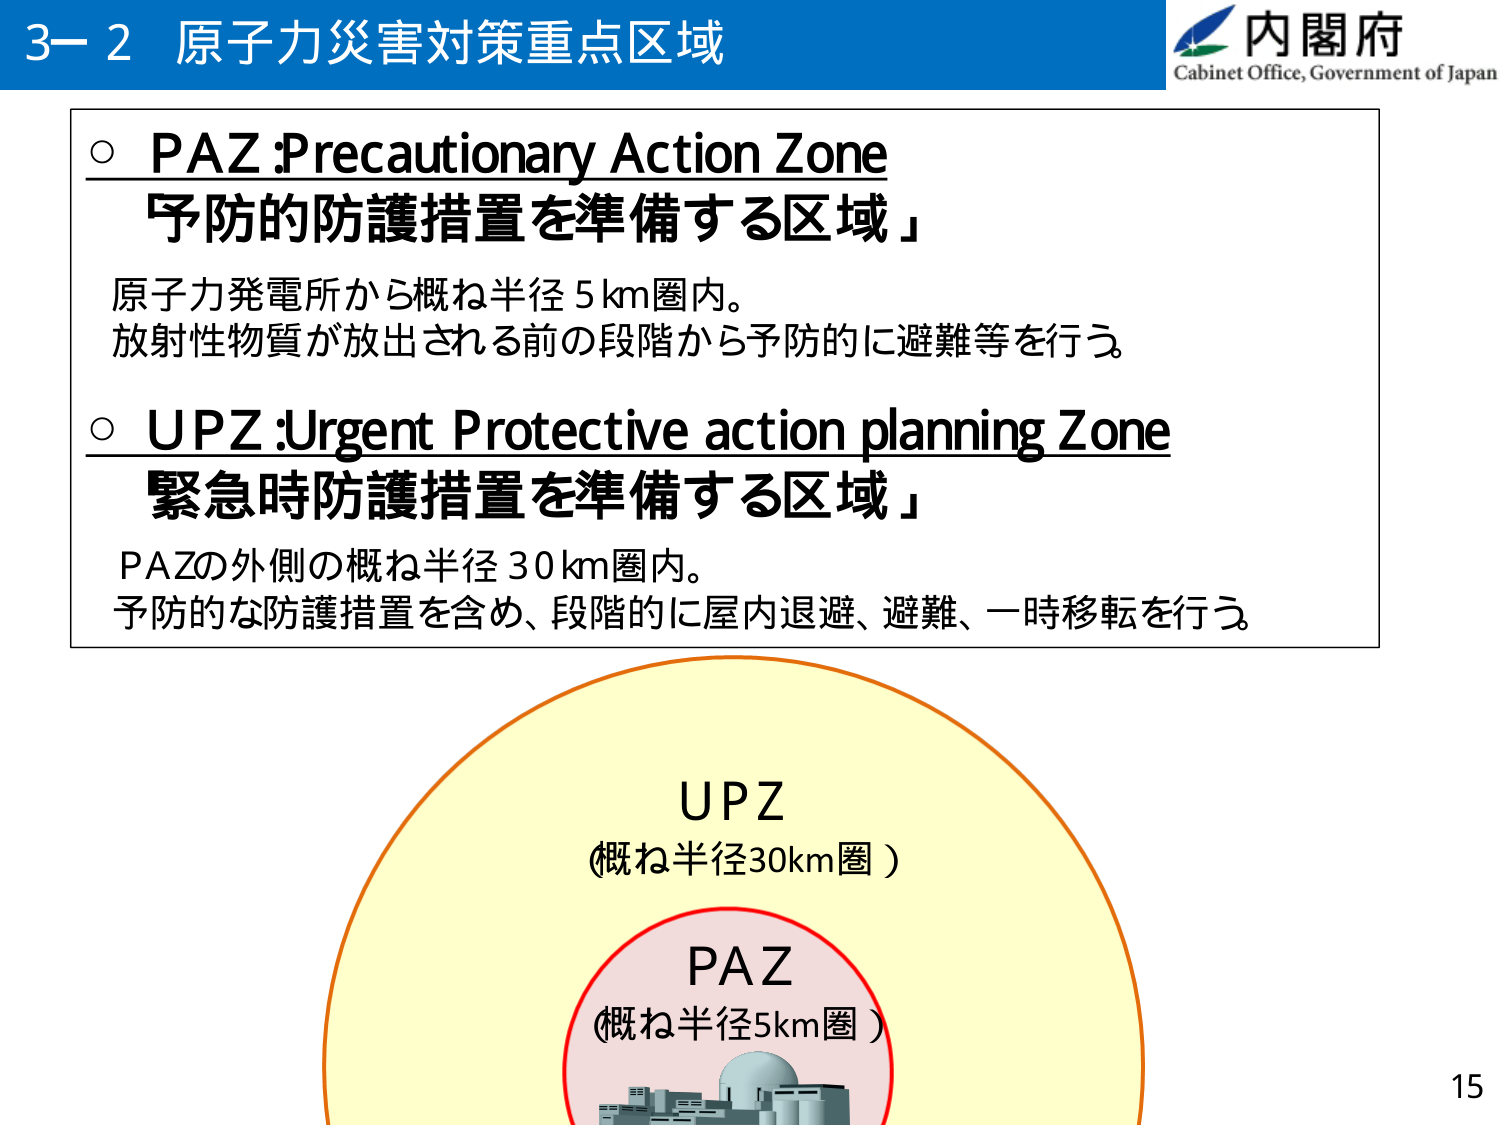
3－2 原子力災害対策重点区域
内閣府
Cabinet Office, Government of Japan

○ PAZ :Precautionary Action Zone
「予防的防護措置を準備する区域」
原子力発電所から概ね半径5km圏内。
放射性物質が放出される前の段階から予防的に避難等を行う。

○ UPZ :Urgent Protective action planning Zone
「緊急時防護措置を準備する区域」
PAZの外側の概ね半径30km圏内。
予防的な防護措置を含め、段階的に屋内退避、避難、一時移転を行う。

UPZ
（概ね半径30km圏）

PAZ
（概ね半径5km圏）

15